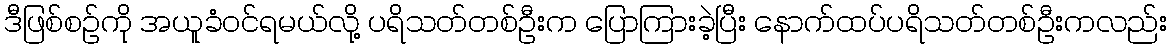
ဒီဖြစ်စဉ်ကို အယူခံဝင်ရမယ်လို့ ပရိသတ်တစ်ဦးက ပြောကြားခဲ့ပြီး နောက်ထပ်ပရိသတ်တစ်ဦးကလည်း